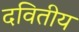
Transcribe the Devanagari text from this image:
दवितीय